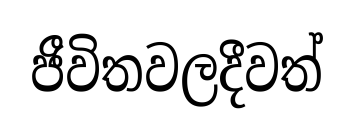
ජීවිතවලදීවත්